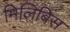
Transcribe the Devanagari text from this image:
मिलिबिस